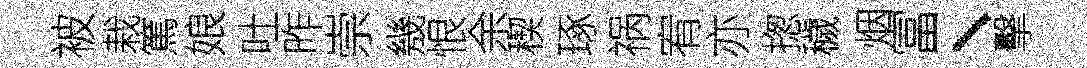
被栽篤娘吐昨崇㡬恨余稧琢祸宥亦揔穢烟冨、擊